Tezpur Lunatic Asylum reports 1877-1894 - 1877-1894
Year: 1877
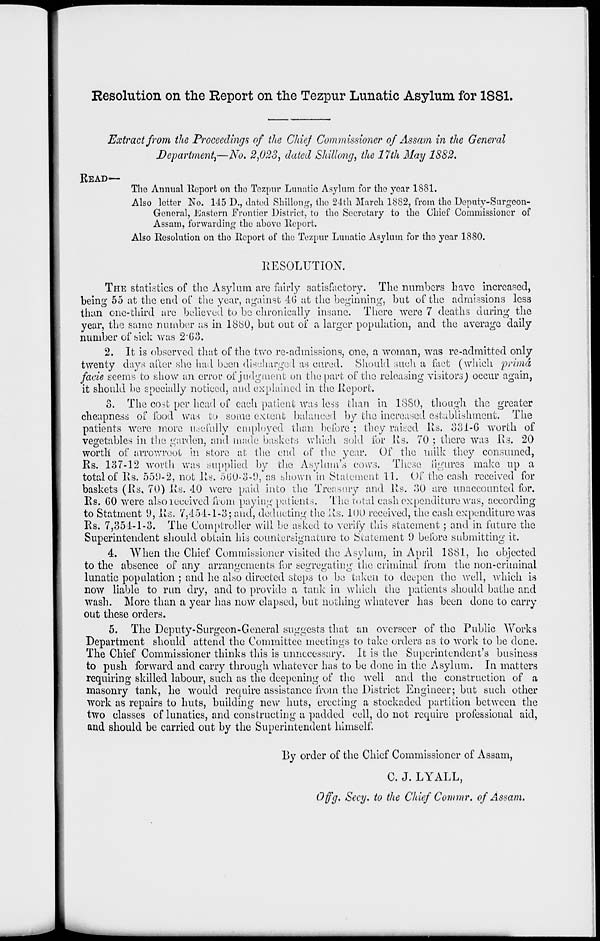
Resolution on the Report on the Tezpur Lunatic Asylum for 1881.
READ-
Extract from the Proceedings of the Chief Commissioner of Assam in the General
Department^—No, 2,023, dated Shillong, the 17th May 1882.
The Annual Report on tlio Tezpur Lunatic Asylum for tlio year 1881.
Also letter No. 145 1)., dated Shillong, the 24th March 1882, from the Deputy-Snrgcon-
General, Jliastern Frontier District, to the Secretary to the Chief Commissioner of
Assam, forwarding the above Report.
Also Resolution on tho Report of the Tezpur Lunatic Asylum for the year 1880.
RESOLUTION.
THE statistics of the Asylum are fairly satisfactory. The numbers have increased,
being 55 at the end of the year, against 46 at the beginning, but of the admissions less
than one-third are believed to be chronically insane. There were 7 deaths daring the
year, the same number as in 18b0, but out of a larger population, and the average daily
number of sick was 2'63.
2. It is observed that of the two re-admissions, one, a woman, was re-admitted only
twenty days alter she had been discharged as cured. Should such a fact (which prima
facie seems to show an error of judgment on the part of the releasing visitors) occur again,
it should be specially noticed, and explained in the Report.
3. The cost per head of each patient was less than in 1SS0, though the greater
cheapness of food was to some extent balanced by the increased establishment. The
patients were more usefully employed than, before ; they raked Rs. 331-6 worth of
vegetables in the garden, and made baskets which sold for Rs. 70 ; there was il;-i. 20
worth of arrowroot in store at the end of the year. Of the milk they consumed,
Rs. 137-12 worth was supplied by the Asylum's cows. These figures make up a
total of Rs. 559-2, not Rs. 5U0-3-9, as shown in Statement 11. Of the cash received for
baskets (Rs, 70) Rs. 4.0 were paid into the Treasury and Rs. 30 are unaccounted for.
Rs. GO were alsoieeeived from paying patients. The total cash expenditure was, according
to Statment 9, Rs. 7,451-1-3; and, deducting the Rs. 100 received, the cash expenditure was
Rs. 7,354-1-3. The Comptroller will be asked to verify this statement; and in future the
Superintendent should obtain his countcrsignature to Statement 9 before submitting it.
4. When the Chief Commissioner visited the Asylum, in April 1881, he objected
to the absence of any arrangements for segregating the criminal from the non-criminal
lunatic population ; and he also directed steps to be taken to deepen the well, which is
now liable to run dry, and to provide a tank in which the patients should bathe and
wash. More than a year has now elapsed, but nothing whatever has been done to carry
out these orders.
5. The Deputy-Surgeon-General suggests that an overseer of the Public Works
Department should attend the Committee meetings to take orders as to work to be done.
The Chief Commissioner thinks this is unnecessary. It is the Superintendent's business
to push forward and carry through whatever has to be done in the Asylum. In matters
requiring skilled labour, such as the deepening of the well anil the construction of a
masonry tank, he would require assistance from the District Engineer; but such other
work as repairs to huts, building new huts, erecting a stockaded partition between the
two classes of lunatics, and constructing a padded cell, do not require professional aid,
and should be carried out by the Superintendent himself.
By order of the Chief Commissioner of Assam,
C. J. LYALL,
Offg. Secy, to the Chief Commr. of Assam.